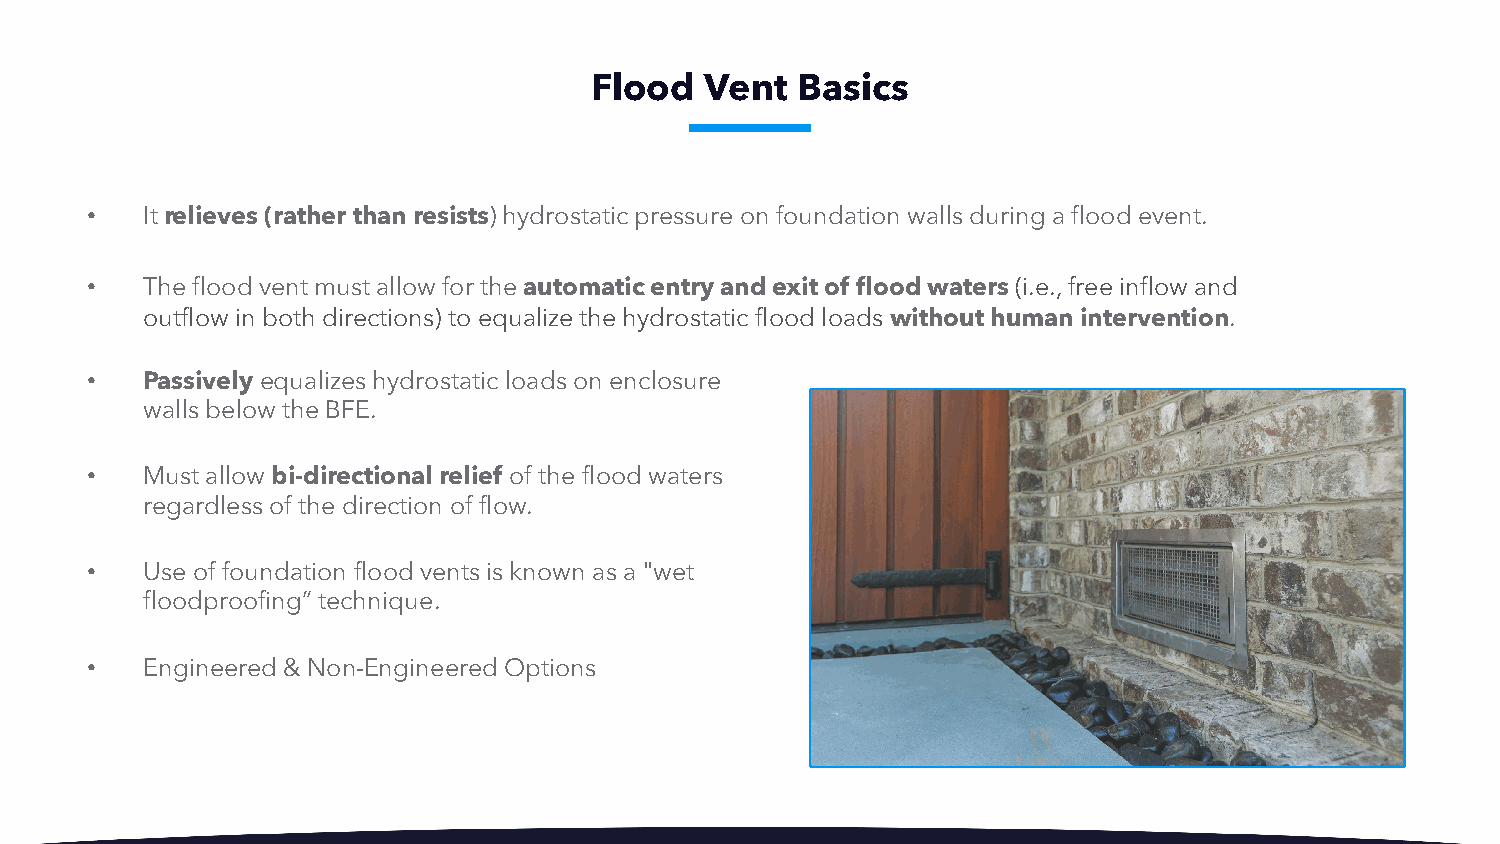
Flood   Vent  Basics
 •  It relieves (rather than resists) hydrostatic pressure on foundation walls during a flood event.
 •  The flood vent must allow for the automatic entry and exit of flood waters(i.e., free inflow and
 outflow in both directions) to equalize the hydrostatic flood loads without human intervention.
 •  Passivelyequalizes hydrostatic loads on enclosure
 walls below the BFE.
 •  Must allow bi-directional relief of the flood waters
 regardless of the direction of flow.
 •  Use of foundation flood vents is known as a "wet
 floodproofing” technique.
 •  Engineered & Non-Engineered Options